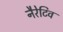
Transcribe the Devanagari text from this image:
नैरेटिव